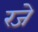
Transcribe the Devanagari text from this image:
रजे